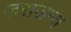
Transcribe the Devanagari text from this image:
जराजन्य